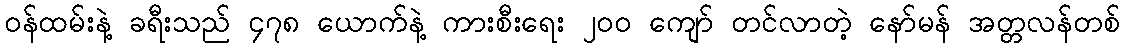
၀န်ထမ်းနဲ့ ခရီးသည် ၄၇၈ ယောက်နဲ့ ကားစီးရေး ၂၀၀ ကျော် တင်လာတဲ့ နော်မန် အတ္တလန်တစ်